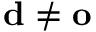
\mathbf { d } \neq \mathbf { o }